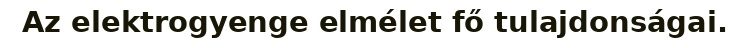
Az elektrogyenge elmélet fő tulajdonságai.